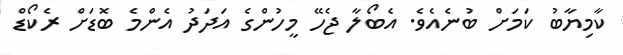
ކާމިޔާބު ކަމަށް ބުނެއެވެ. އެބޯލާ ޖެހޭ މީހުންގެ އަދަދު އެންމެ ބޮޑަށް ރެކޯޑް